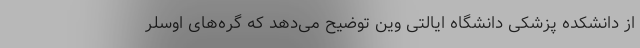
از دانشکده پزشکی دانشگاه ایالتی وین توضیح می‌دهد که گره‌های اوسلر